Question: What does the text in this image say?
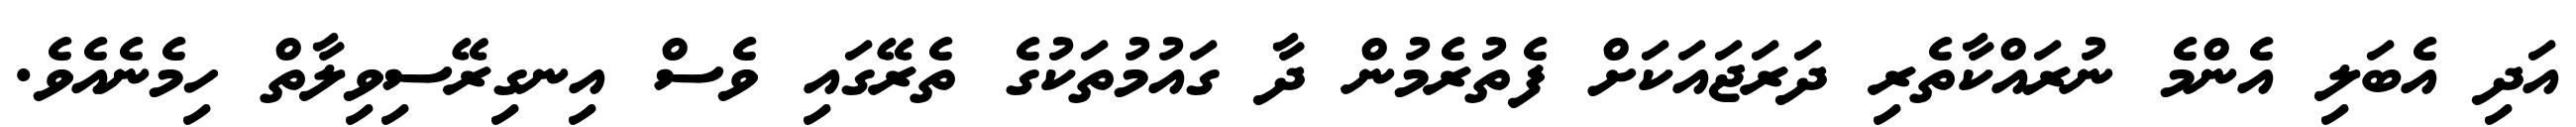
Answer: އަދި އެބަލި އެންމެ ނުރައްކާތެރި ދަރަޖައަކަށް ފެތުރެމުން ދާ ގައުމުތަކުގެ ތެރޭގައި ވެސް އިނގިރޭސިވިލާތް ހިމެނެއެވެ.